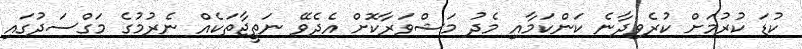
ކުޑަ ކުރުމަށް ކުރެވިދާނެ ކަންކަމާއި މެދު މަޝްވަރާކޮށް އެދެވޭ ނަތީޖާތަކެއް ނެރުމުގެ މަގްސަދުގައި